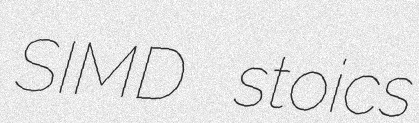
SIMD stoics